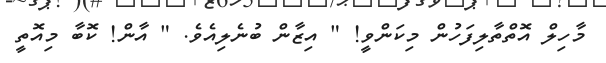
މާހިލް އޮތްތާލިފަހުން މިކަންވީ! " އިޒާން ބުނެލިއެވެ. " އާން! ކޮބާ މިއޮތީ